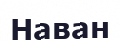
Наван